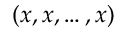
( x , x , \ldots , x )